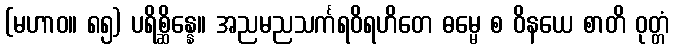
(မဟာဝ။ ၈၅) ပရိစ္ဆိန္နေ။ အညမညသင်္ကရဝိရဟိတေ ဓမ္မေ စ ဝိနယေ စာတိ ဝုတ္တံ